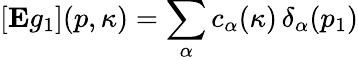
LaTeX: \left[\mathrm{\mathbf E}g_{1}\right](p,\kappa)=\sum_{\alpha}c_{\alpha}(\kappa)\, \delta_{\alpha}(p_{1})